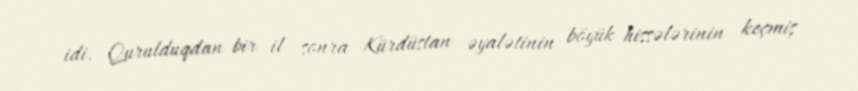
idi. Qurulduqdan bir il sonra Kürdüstan əyalətinin böyük hissələrinin keçmiş